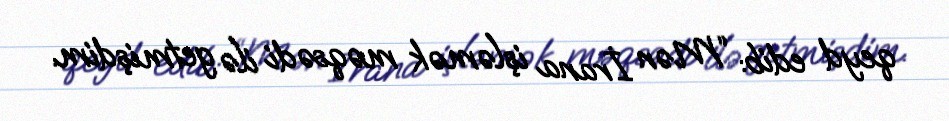
qeyd edib: “Mən İrana işləmək məqsədi ilə getmişdim.